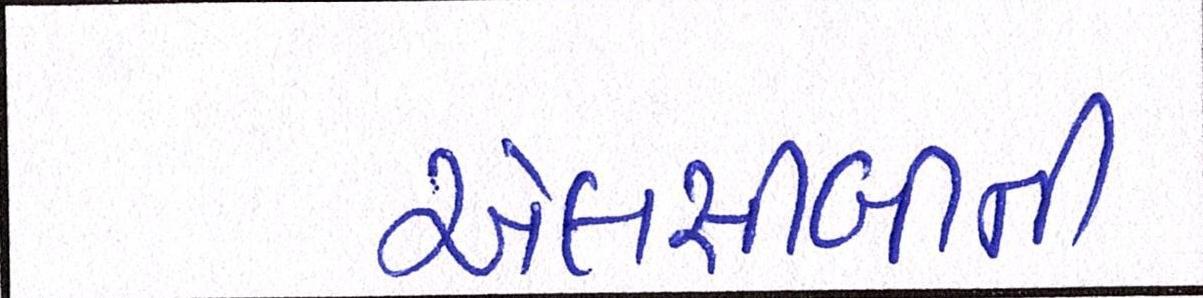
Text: એલસીબીની